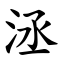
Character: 洆